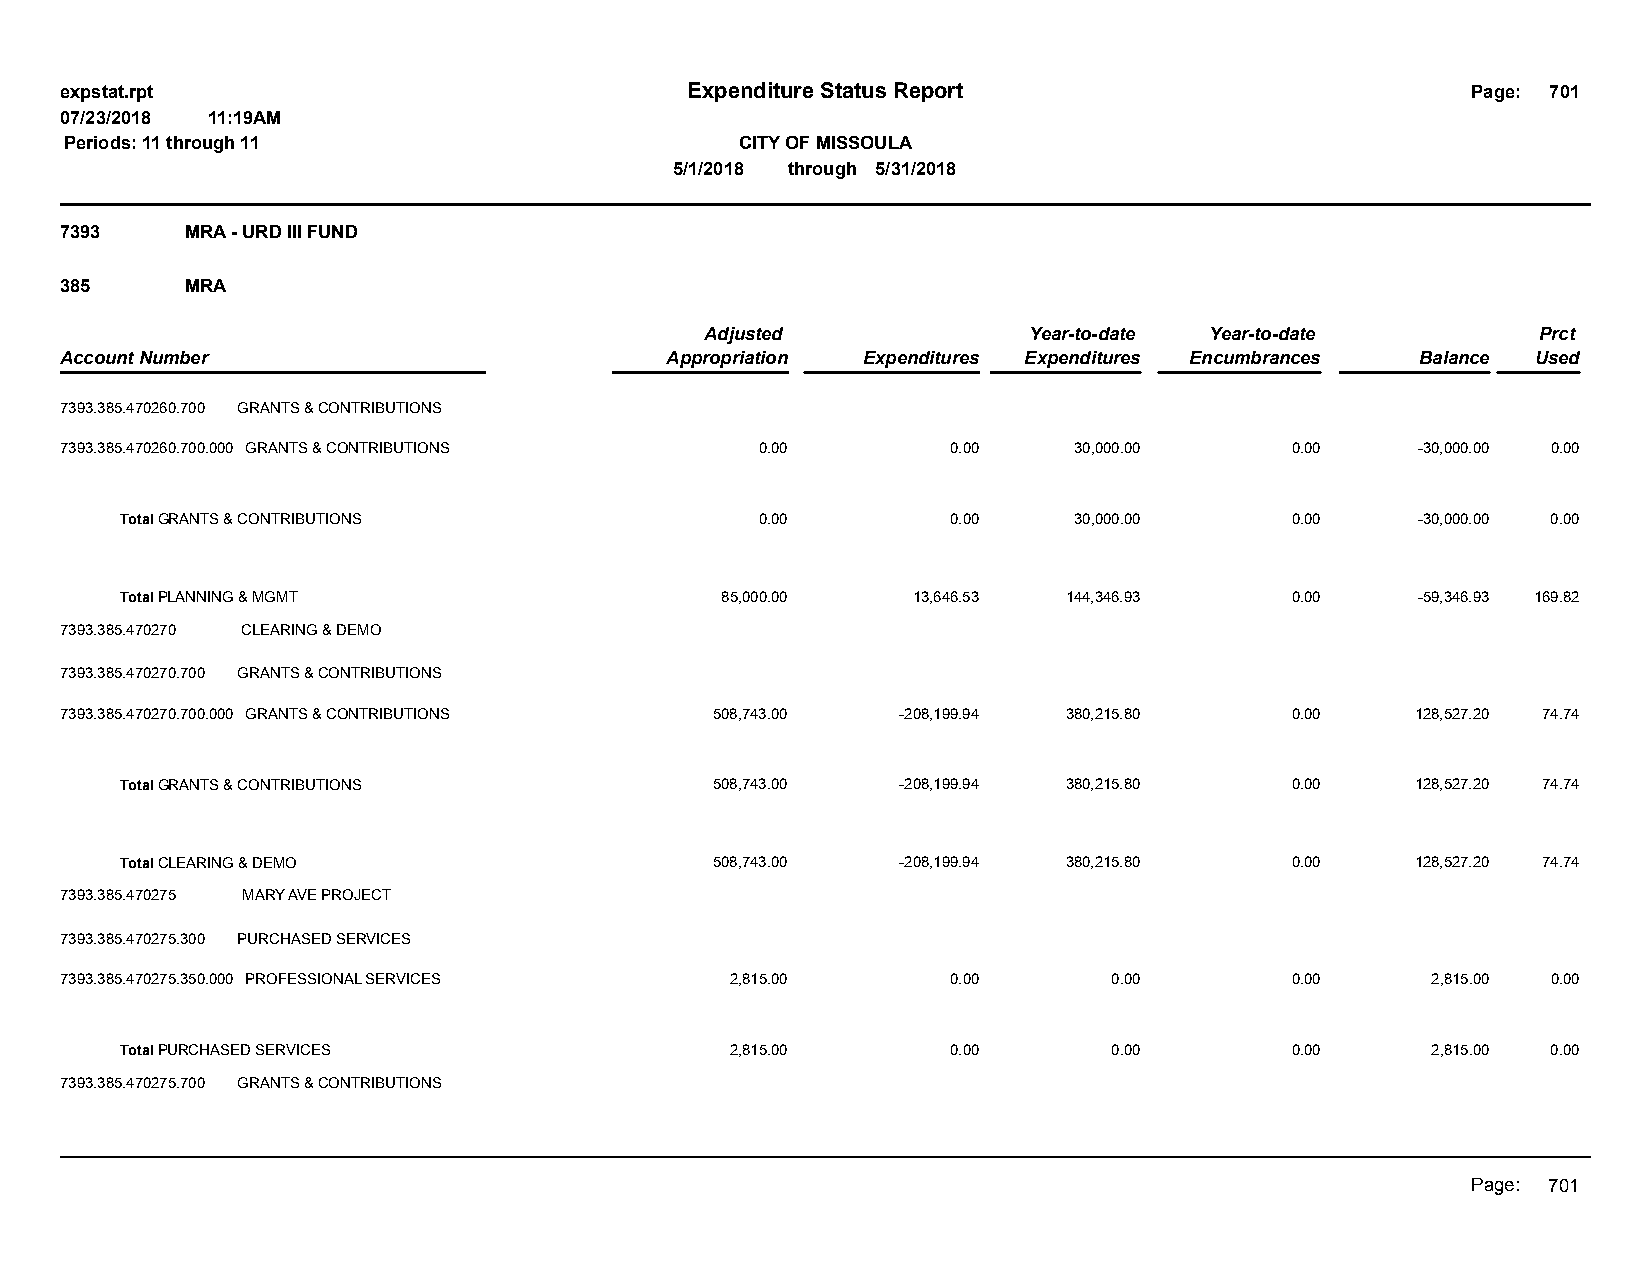
expstat.rpt                              Expenditure Status Report                           Page: 701
 07/23/2018 11:19AM
 Periods: 11 through 11                       CITY OF MISSOULA
 5/1/2018 through 5/31/2018
 7393    MRA - URD III FUND
 385     MRA
 Adjusted             Year-to-date Year-to-date         Prct
 Account Number                          Appropriation Expenditures Expenditures Encumbrances Balance Used
 7393.385.470260.700 GRANTS & CONTRIBUTIONS
 7393.385.470260.700.000 GRANTS & CONTRIBUTIONS 0.00        0.00    30,000.00     0.00     -30,000.00 0.00
 Total GRANTS & CONTRIBUTIONS              0.00         0.00    30,000.00     0.00     -30,000.00 0.00
 Total PLANNING & MGMT                   85,000.00   13,646.53  144,346.93    0.00     -59,346.93 169.82
 7393.385.470270 CLEARING & DEMO
 7393.385.470270.700 GRANTS & CONTRIBUTIONS
 7393.385.470270.700.000 GRANTS & CONTRIBUTIONS 508,743.00 -208,199.94 380,215.80 0.00     128,527.20 74.74
 Total GRANTS & CONTRIBUTIONS           508,743.00   -208,199.94 380,215.80   0.00     128,527.20 74.74
 Total CLEARING & DEMO                  508,743.00   -208,199.94 380,215.80   0.00     128,527.20 74.74
 7393.385.470275 MARY AVE PROJECT
 7393.385.470275.300 PURCHASED SERVICES
 7393.385.470275.350.000 PROFESSIONAL SERVICES 2,815.00     0.00       0.00       0.00      2,815.00 0.00
 Total PURCHASED SERVICES                2,815.00       0.00       0.00       0.00      2,815.00 0.00
 7393.385.470275.700 GRANTS & CONTRIBUTIONS
 Page: 701